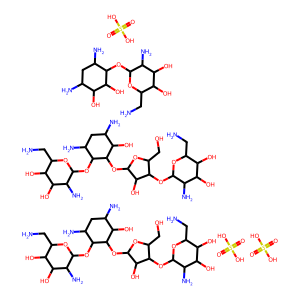
SMILES: NCC1OC(OC2C(CO)OC(OC3C(O)C(N)CC(N)C3OC3OC(CN)C(O)C(O)C3N)C2O)C(N)C(O)C1O.NCC1OC(OC2C(CO)OC(OC3C(O)C(N)CC(N)C3OC3OC(CN)C(O)C(O)C3N)C2O)C(N)C(O)C1O.NCC1OC(OC2C(N)CC(N)C(O)C2O)C(N)C(O)C1O.O=S(=O)(O)O.O=S(=O)(O)O.O=S(=O)(O)O
Inhibits HIV replication: No